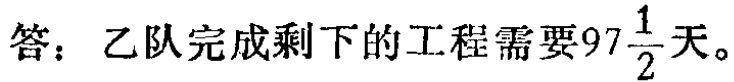
答：乙队完成剩下的工程需要\(97\frac{1}{2}\)天。